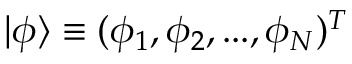
| \phi \rangle \equiv ( \phi _ { 1 } , \phi _ { 2 } , . . . , \phi _ { N } ) ^ { T }